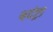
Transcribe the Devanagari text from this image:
श्वदंष्ट्रा